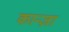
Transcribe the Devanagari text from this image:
कान्ज़ा